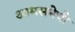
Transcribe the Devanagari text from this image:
आमसभेची